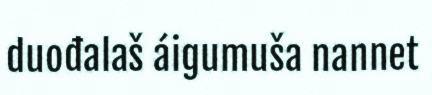
duođalaš áigumuša nannet